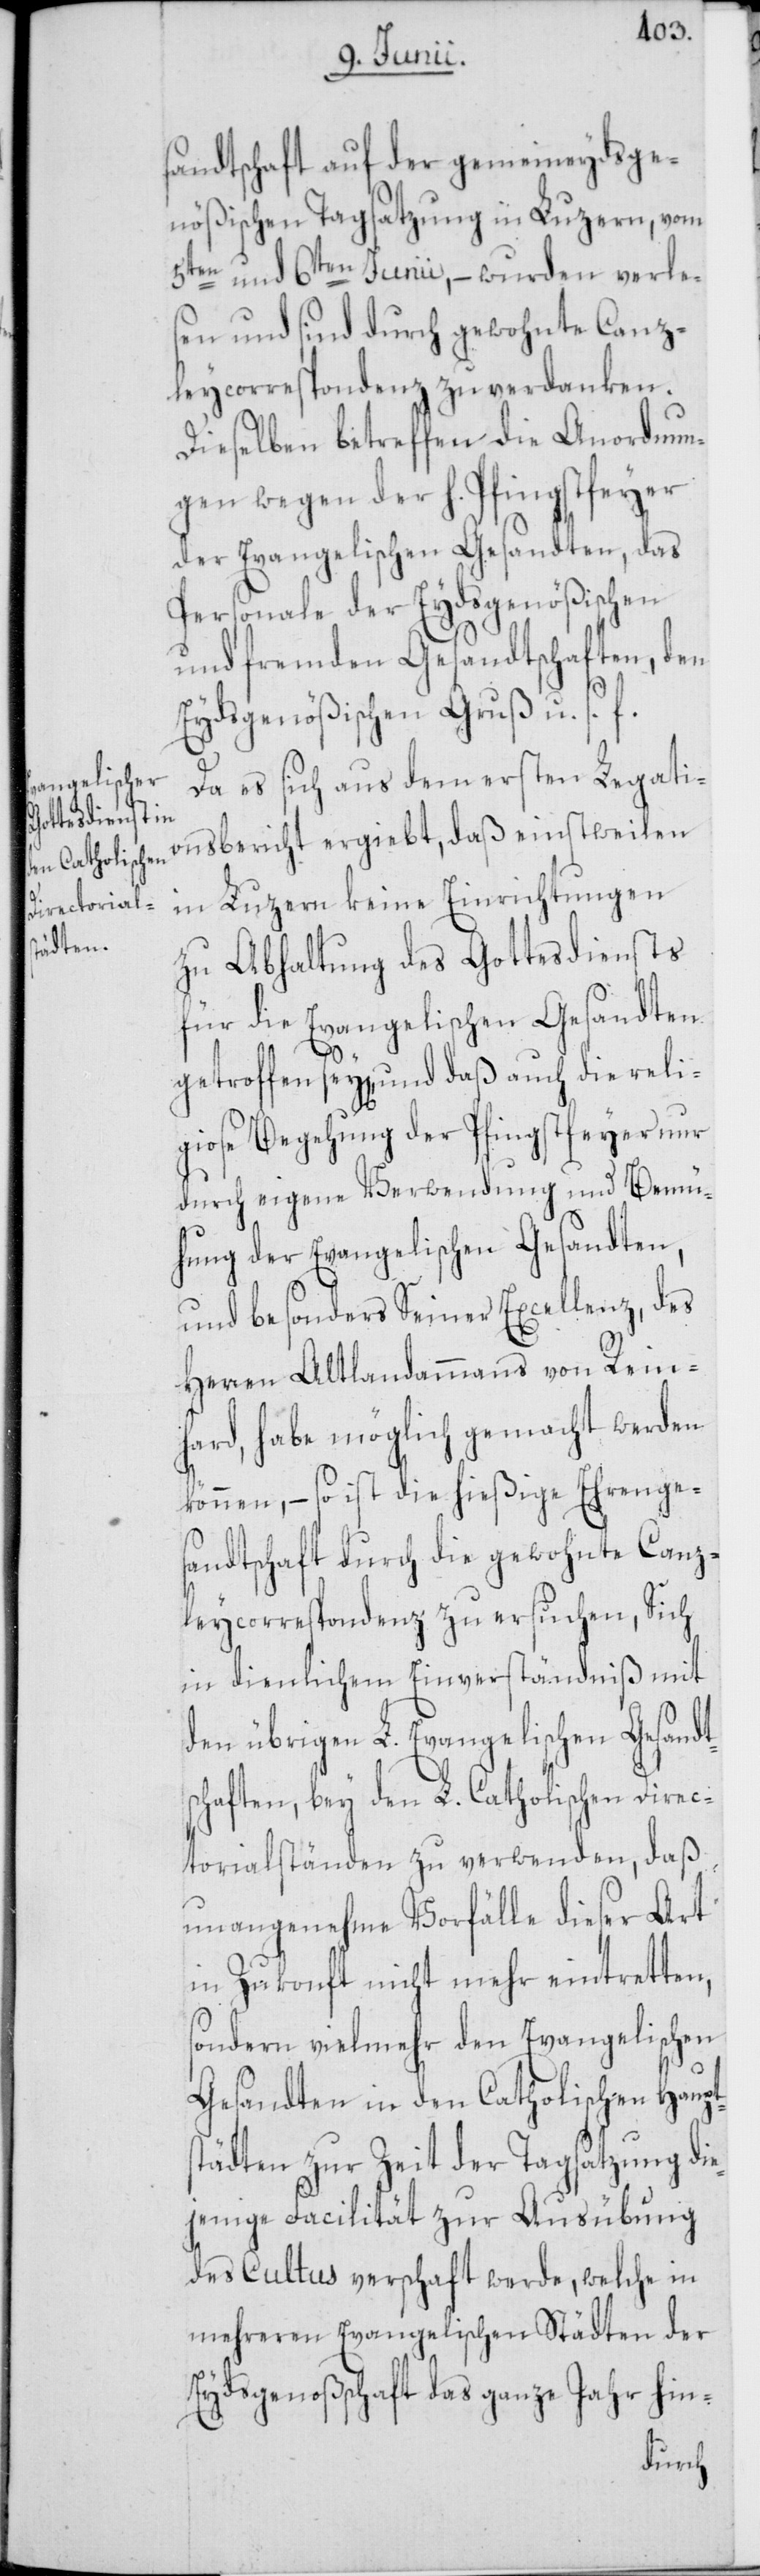
auch die reli¬

sandtschaft auf der gemeineydsge¬
nößischen Tagsatzung in Luzern, vom
5ten und 6ten Junii, – wurden verle¬
sen und sind durch gewohnte Canz¬
leycorrespondenz zu verdanken.
Dieselben betreffen die Anordnun¬
gen wegen der h. Pfingstfeyer
der Evangelischen Gesandten, das
Personale der Eydsgenößischen
und fremden Gesandtschaften, den
Eydsgenößischen Gruß u. s. f.
Da es sich aus dem ersten Legati¬
onsbericht ergiebt, daß einstweilen
in Luzern keine Einrichtungen
zu Abhaltung des Gottesdiensts
für die Evangelischen Gesandten
giose Begehung der Pfingstfeyer nur
durch eigene Verwendung und Bemü¬
hung der Evangelischen Gesandten,
und besonders Seiner Excellenz, des
Herren Altlandammanns von Rein¬
hard, habe möglich gemacht werden
können, – so ist die hießige Ehrenges¬
andtschaft durch die gewohnte Canz¬
leycorrespondenz zu ersuchen, Sich
in dienlichem Einverständniß mit
den übrigen L. Evangelischen Gesandt¬
schaften, bey den L. Catholischen Direc¬
torialständen zu verwenden, daß
unangenehme Vorfälle dieser Art
in Zukonft nicht mehr eintretten,
sondern vielmehr den Evangelischen
Gesandten in den Catholischen Haupt¬
städten zur Zeit der Tagsatzung die¬
jenige Faciliät zur Ausübung
des Cultus verschaf[f]t werde, welche in
mehreren Evangelischen Städten der
Eydsgenoßenschaft das ganze Jahr hin-